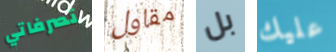
تصرفاتي مقاول بل عليك